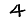
Digit: 4